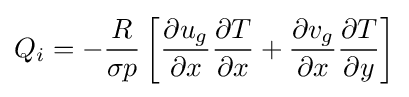
Q_{i}=-{\frac {R}{\sigma p}}\left[{\frac {\partial u_{g}}{\partial x}}{\frac {\partial T}{\partial x}}+{\frac {\partial v_{g}}{\partial x}}{\frac {\partial T}{\partial y}}\right]